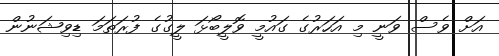
އަށް ވެސް ވަނީ މި އަހަރުގެ ގައުމީ ވޮލީބޯޅަ ލީގުގެ ފުރަތަމަ ޑިިވިޝަނުން